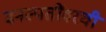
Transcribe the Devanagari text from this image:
वनस्पतींवरची